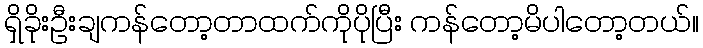
ရှိခိုးဦးချကန်တော့တာထက်ကိုပိုပြီး ကန်တော့မိပါတော့တယ်။